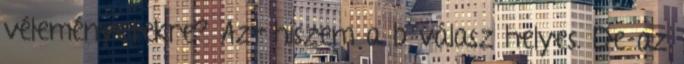
véleményetekre? Azt hiszem a b válasz helyes. De az